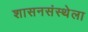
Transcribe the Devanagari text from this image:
शासनसंस्थेला